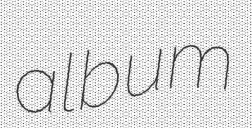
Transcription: album